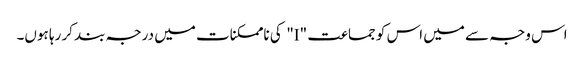
اس وجہ سے میں اس کو جماعت "I" کی ناممکنات میں درجہ بند کر رہا ہوں۔